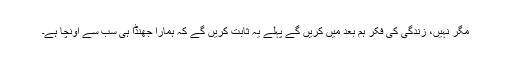
مگر نہیں، زندگی کی فکر ہم بعد میں کریں گے پہلے یہ ثابت کریں گے کہ ہمارا جھنڈا ہی سب سے اونچا ہے۔